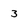
Character: 3